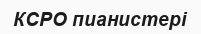
КСРО пианистері